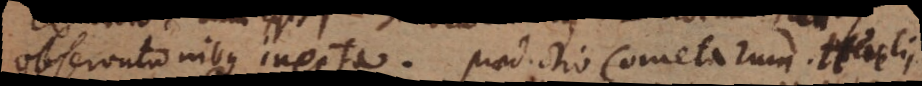
observationibus inepta. Praedictio cometarum. Hevelii